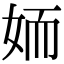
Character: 䎟